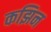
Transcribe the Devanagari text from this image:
कझिन